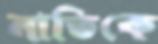
নাতিকে